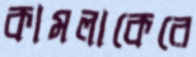
কামলাকেরে